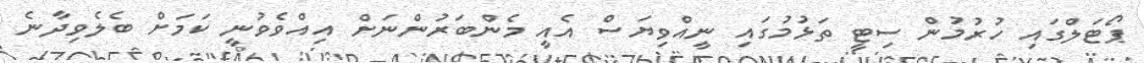
ޕޯޓަލްގައި ހުރުމުން ސިޓީ ތަޅުމުގައި ނީއްވިޔަސް އެއީ މެންބަރުންނަށް އިއްވެވުނީ ކަމަށް ބެލެވިދާނެ